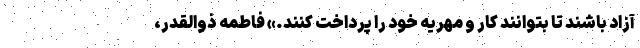
آزاد باشند تا بتوانند کار و مهریه خود را پرداخت کنند.» ‌فاطمه ذوالقدر،